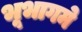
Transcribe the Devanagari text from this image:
भूभागमे